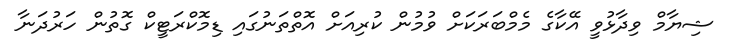
ޝިޔާމް ވިދާޅުވީ އޭކާގެ މެމްބަރަކަށް ވުމުން ކުރިއަށް އޮތްތަނުގައި ޑިމޮކްރަޓީކް ގޮތުން ހަރުދަނާ